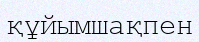
құйымшақпен